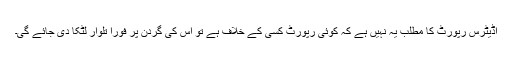
آڈیٹرس رپورٹ کا مطلب یہ نہیں ہے کہ کوئی رپورٹ کسی کے خلاف ہے تو اس کی گردن پر فوراً تلوار لٹکا دی جائے گی۔